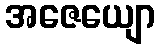
အဇေယျော